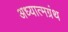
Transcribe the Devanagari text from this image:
अध्यात्मग्रंथ